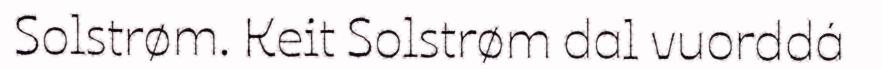
Solstrøm. Keit Solstrøm dal vuorddá